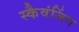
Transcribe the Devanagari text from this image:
स्कैवंजिंग